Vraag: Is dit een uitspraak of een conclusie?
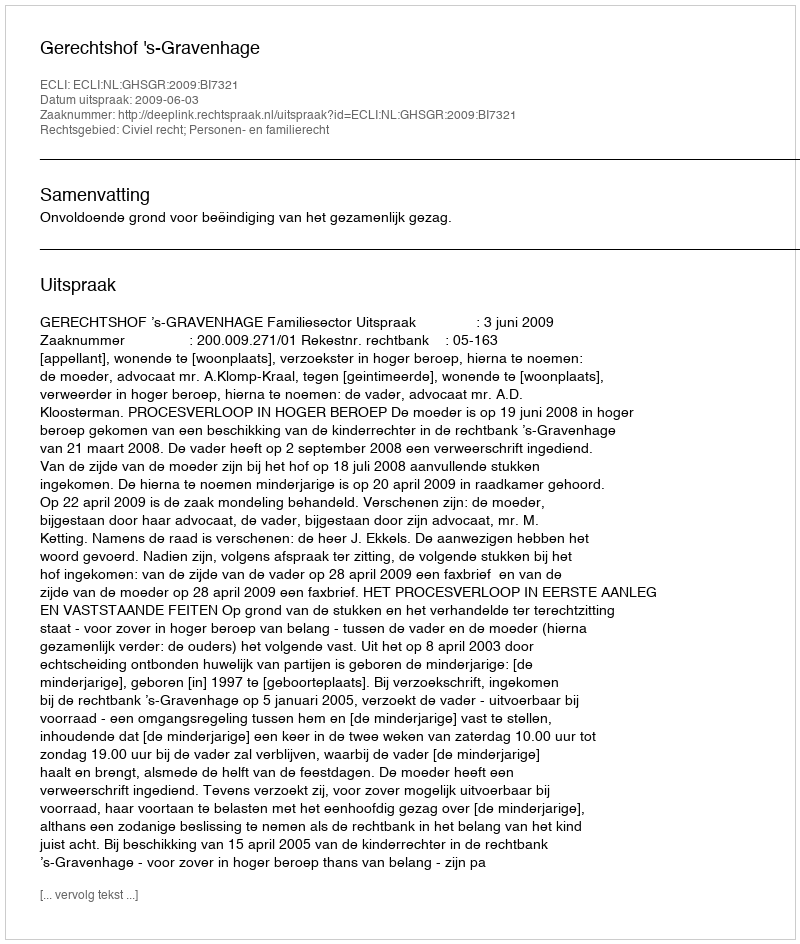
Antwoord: Uitspraak